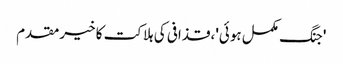
'جنگ مکمل ہوئی'، قذافی کی ہلاکت کا خیرمقدم